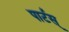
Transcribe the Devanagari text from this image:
पार्टस्